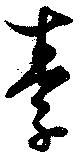
季